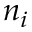
n _ { i }